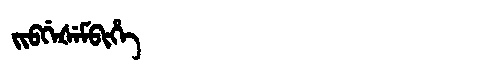
Manchu: ᠵᡳᠪᡤᡝᡧᡝᠮᠪᡳᡥᡝ
Romanization: JIBGEŠEMBIHE